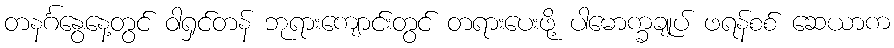
တနင်္ဂနွေနေ့တွင် ဝါရှင်တန် ဘုရားကျောင်းတွင် တရားပေးဖို့ ပါမောက္ခချုပ် ဖရန်စစ် ဆေယာက